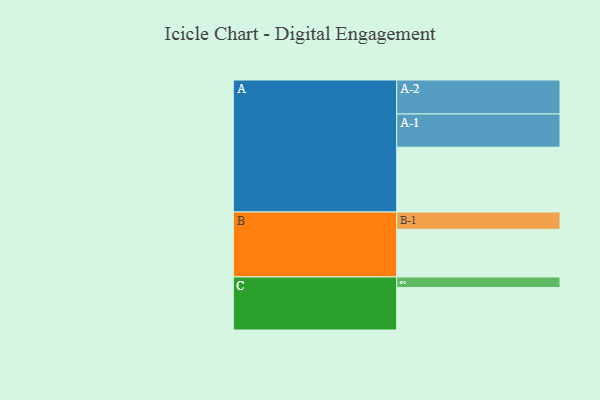
{"axis": {"x": "Segment", "y": "Value"}, "legend": ["", "A", "B", "C"], "data": [{"x": "A", "y": 559, "type": ""}, {"x": "B", "y": 411, "type": ""}, {"x": "C", "y": 366, "type": ""}, {"x": "A-1", "y": 286, "type": "A"}, {"x": "A-2", "y": 293, "type": "A"}, {"x": "B-1", "y": 149, "type": "B"}, {"x": "C-1", "y": 91, "type": "C"}]}